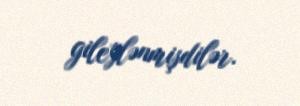
gileylənmişdilər.